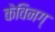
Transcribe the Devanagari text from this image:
केविनग्